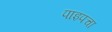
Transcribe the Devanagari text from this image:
पाइपचा